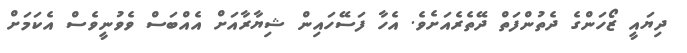
ދިޔައީ ޒޯހަންގެ ދެތުންފަތް ދޭތެރެއަށެވެ. އެހާ ފަސޭހައިން ޝިޔާރާއަށް އެއްބަސް ވެވުނީވެސް އެކަމަށް